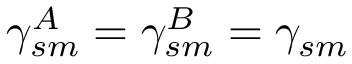
\gamma _ { s m } ^ { A } = \gamma _ { s m } ^ { B } = \gamma _ { s m }